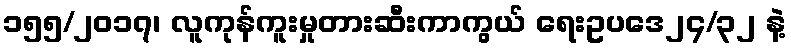
၁၅၅/၂၀၁၇၊ လူကုန်ကူးမှုတားဆီးကာကွယ် ရေးဥပဒေ၂၄/၃၂ နဲ့